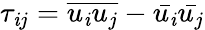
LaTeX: \tau_{\mathit{i}j}={\overline{{{u_{\mathit{i}}u_{j}}}}}-{\bar{{u_{\mathit{i}}}}}{\bar{{u_{j}}}}